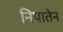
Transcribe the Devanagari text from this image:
निपातेन